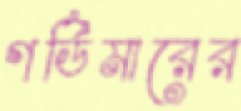
গর্ডিমারের